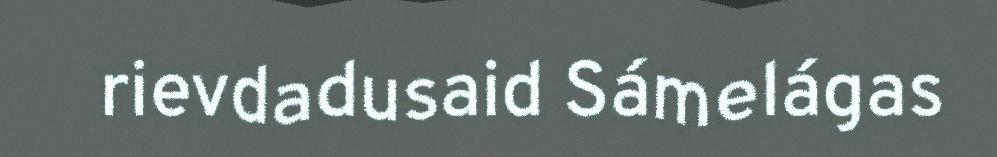
rievdadusaid Sámelágas